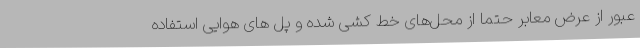
عبور از عرض معابر حتماً از محل‌های خط کشی شده و پل های هوایی استفاده